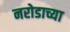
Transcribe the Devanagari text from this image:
नरोडाच्या